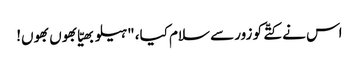
اس نے کتّے کو زور سے سلام کیا، "ہیلو بھیّا بھوں بھوں!